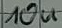
Text: 10u